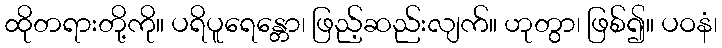
ထိုတရားတို့ကို။ ပရိပူရေန္တော၊ ဖြည့်ဆည်းလျက်။ ဟုတွာ၊ ဖြစ်၍။ ပဝနံ၊